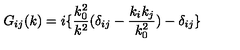
G _ { i j } ( k ) = i \{ \frac { k _ { 0 } ^ { 2 } } { k ^ { 2 } } ( \delta _ { i j } - \frac { k _ { i } k _ { j } } { k _ { 0 } ^ { 2 } } ) - \delta _ { i j } \}